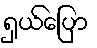
ရှယ်ပြော